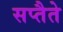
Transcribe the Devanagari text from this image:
सप्तैते